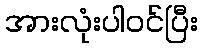
အားလုံးပါဝင်ပြီး